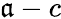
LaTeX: \mathfrak{a}-c